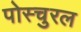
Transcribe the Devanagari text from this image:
पोस्चुरल